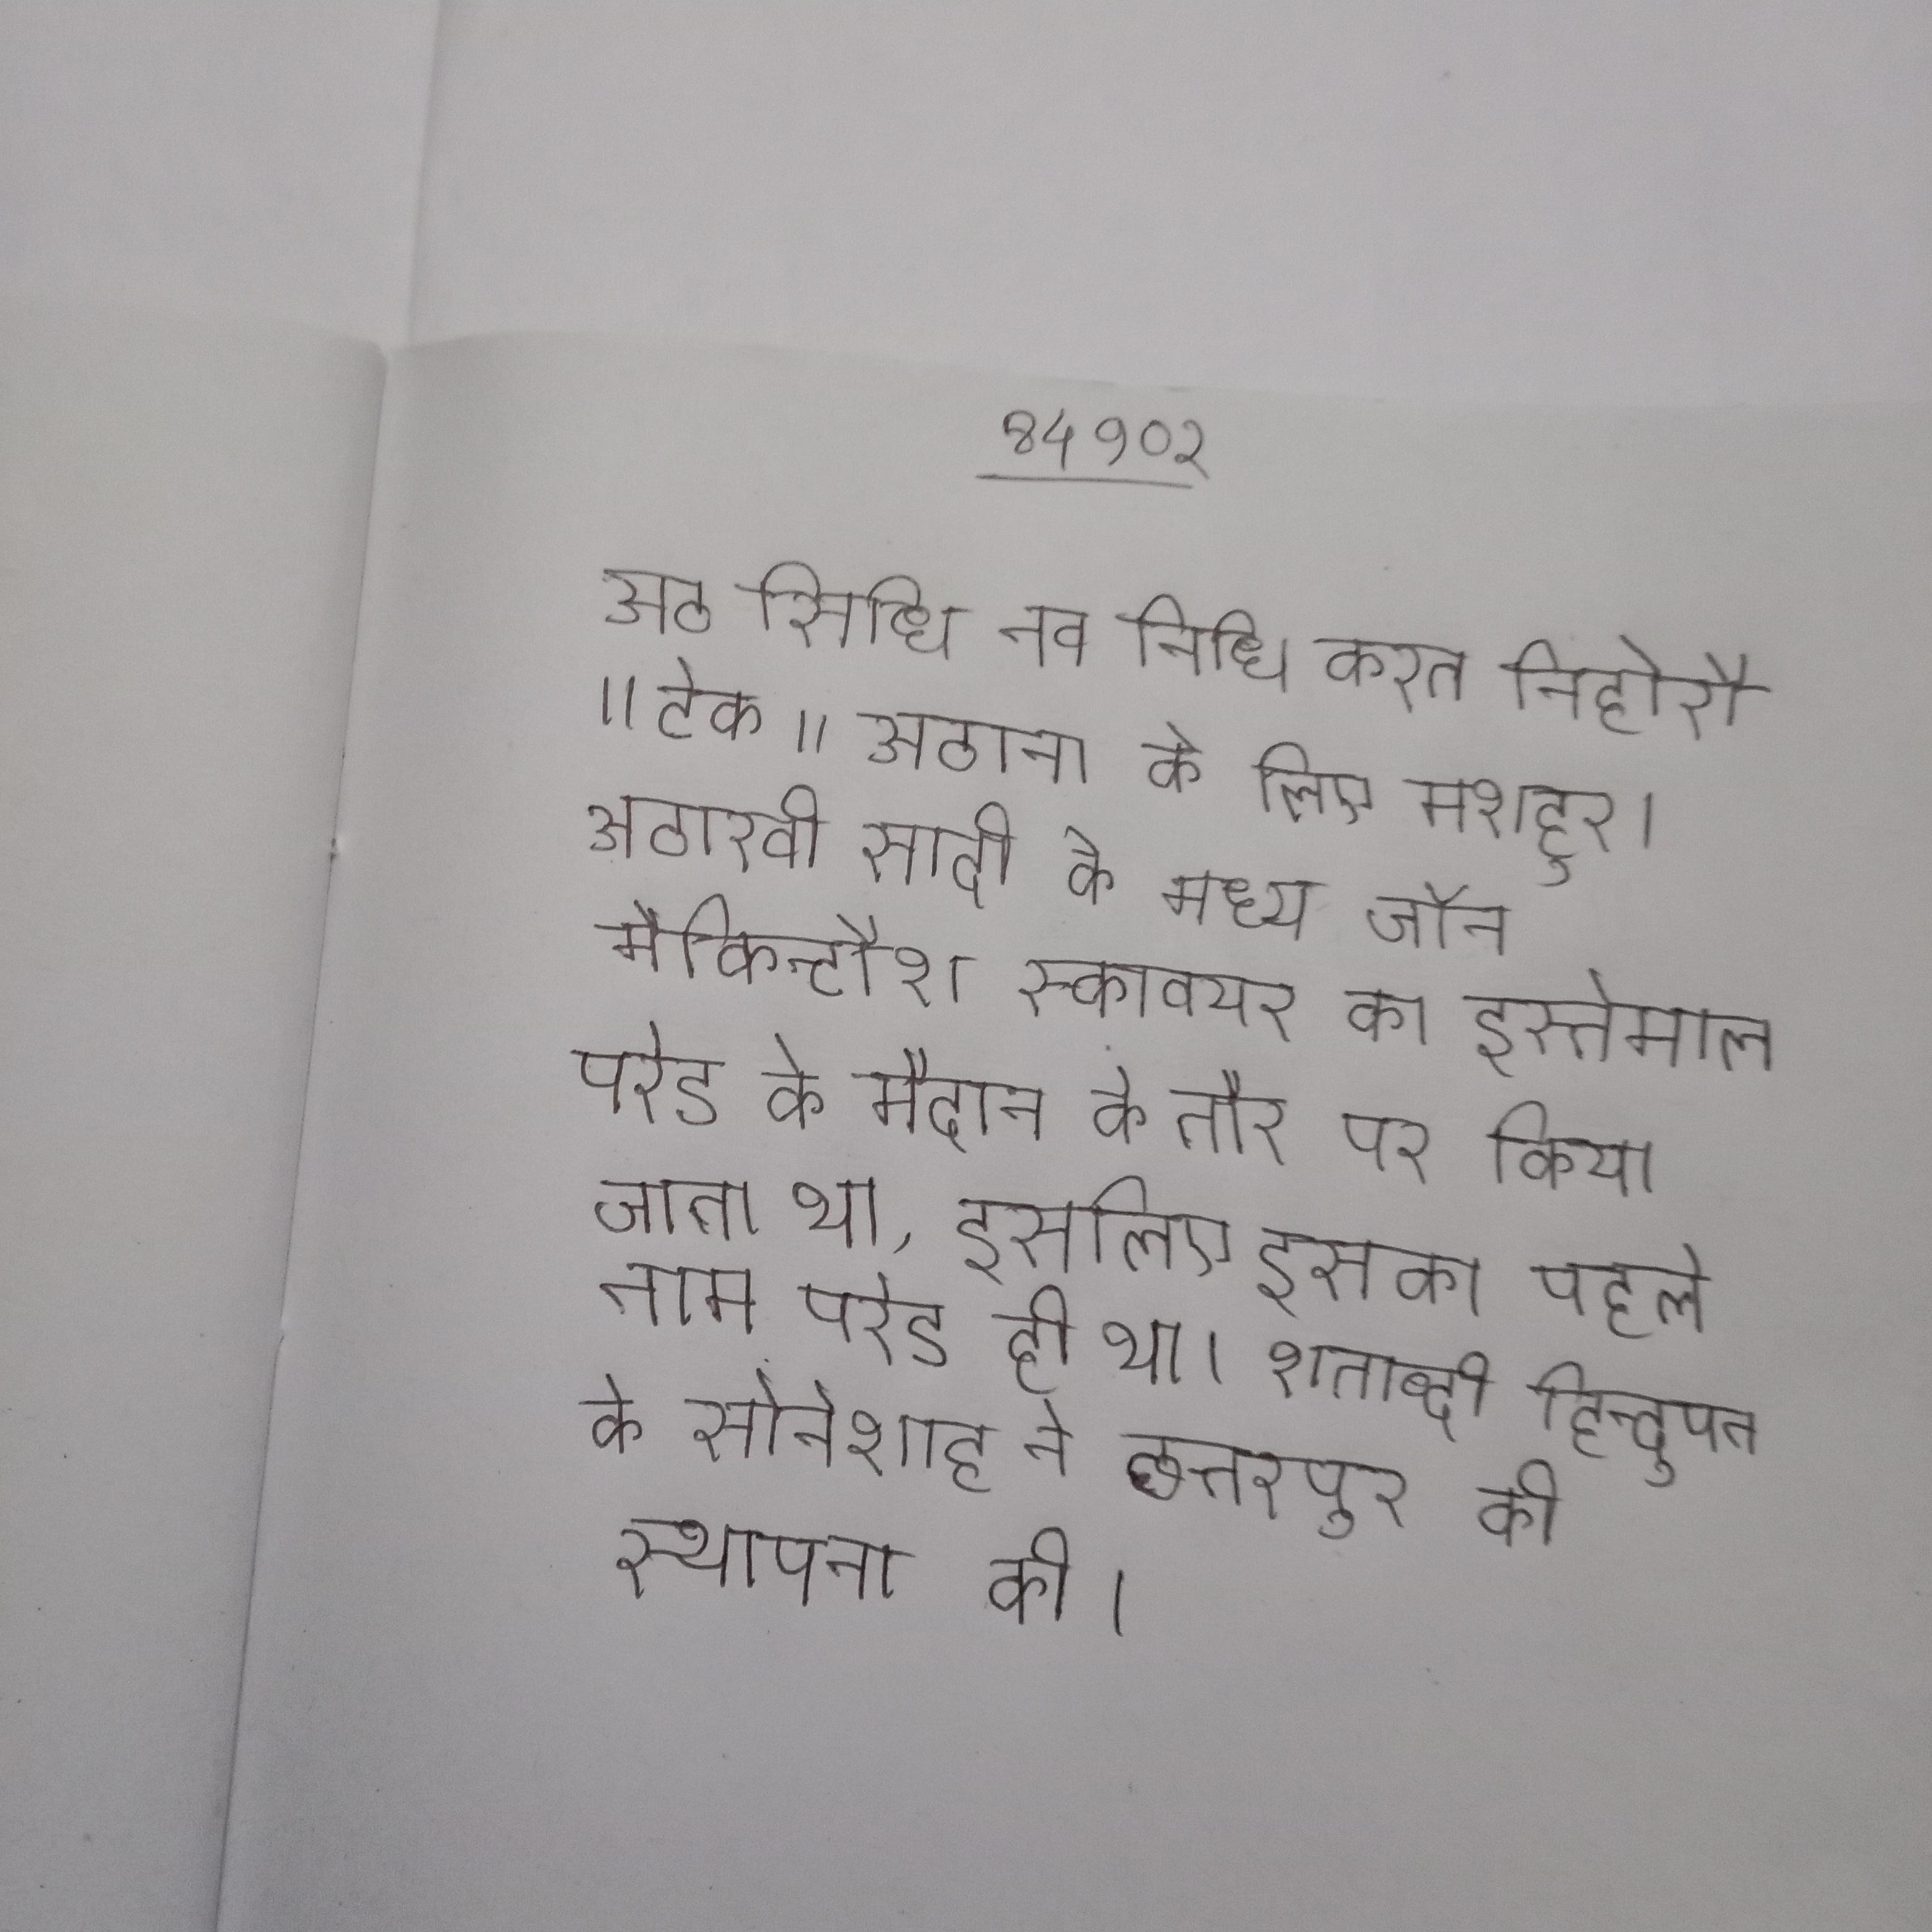
अठ सिधि नव निधि करत निहोरौ ॥टेक ॥ अठाना के लिए मशहुर । अठारवी सदी के मध्य जॉन मैकिन्टौश स्कावयर का इस्तेमाल परेड के मैदान के तौर पर किया जाता था, इसलिए इसका पहले नाम परेड ही था । शताब्दी हिन्दुपत के सोनेशाह ने छत्तरपुर की स्थापना की ।